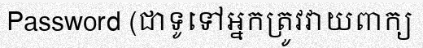
Password (ជាទូទៅអ្នកត្រូវវាយពាក្យ